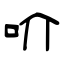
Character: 吤